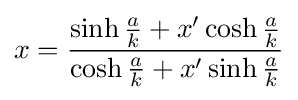
x={\frac {\sinh {\frac {a}{k}}+x'\cosh {\frac {a}{k}}}{\cosh {\frac {a}{k}}+x'\sinh {\frac {a}{k}}}}